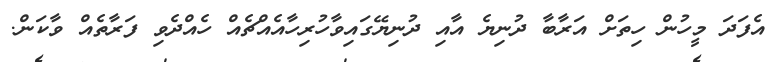
އެފަދަ މީހުން ހިތަށް އަރާބާ ދުނިޔެ އާއި ދުނިޔޭގައިވާހުރިހާއެއްޗެއް ހެއްދެވި ފަރާތެއް ވާކަން.